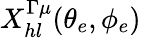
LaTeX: X_{hl}^{\Gamma\mu}(\theta_{e},\phi_{e})